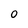
Character: 0